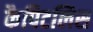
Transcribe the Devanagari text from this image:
कैपिटलिस